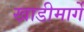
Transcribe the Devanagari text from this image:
खाडीमार्गे